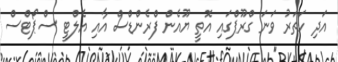
އަދި ހަތަރު ވަނަ ގްރޫޕްގައި އޮތީ ޔޫއެން ފްރެންޑްސް އާއި އެލްޓީ ސްޕޯޓްސް